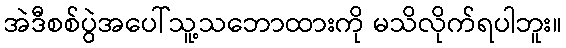
အဲဒီစစ်ပွဲအပေါ်သူ့သဘောထားကို မသိလိုက်ရပါဘူး။